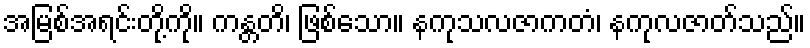
အမြစ်အရင်းတို့ကို။ ကန္တတိ၊ ဖြစ်သော။ နကုသလဇာကတံ၊ နကုလဇာတ်သည်။